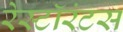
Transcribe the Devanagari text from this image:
रेस्टॉरंटस